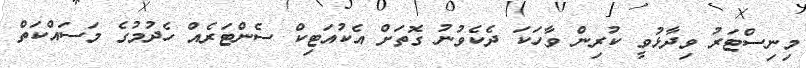
މިނިސްޓަރު ވިދާޅުވީ ކުރިން ވާހަކަ ދެކެވުނު ގޮތަށް އެކުއަޓިކް ސެންޓަރެއް ހެދުމުގެ މަސައްކަތް